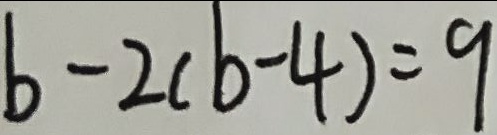
b - 2 ( b - 4 ) = 9